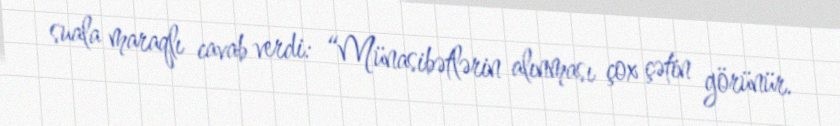
suala maraqlı cavab verdi: “Münasibətlərin alınması çox çətin görünür.